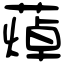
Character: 𦻐